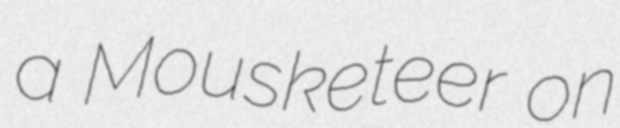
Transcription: a Mousketeer on